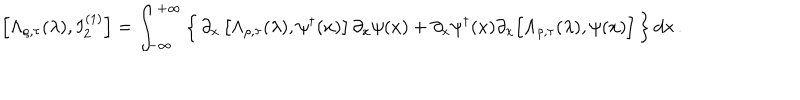
LaTeX: \left[ \Lambda _ { \rho , \tau } ( \lambda ) , I _ { 2 } ^ { ( 1 ) } \right] = \int _ { - \infty } ^ { + \infty } \left\{ \, \partial _ { x } \left[ \Lambda _ { \rho , \tau } ( \lambda ) , \psi ^ { \dagger } ( x ) \right] \partial _ { x } \psi ( x ) + \partial _ { x } \psi ^ { \dagger } ( x ) \partial _ { x } \Big [ \Lambda _ { \rho , \tau } ( \lambda ) , \psi ( x ) \Big ] \, \right\} d x \, .